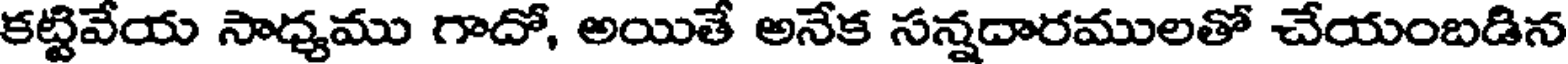
కట్టివేయ సాధ్యము గాదో, అయితే అనేక సన్నదారములతో చేయంబడిన